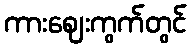
ကားဈေးကွက်တွင်